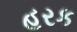
હરક